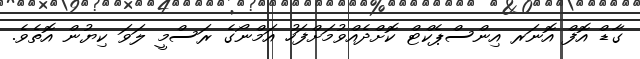
ގާޑް އޮފް އޮނަރ އިންސްޕެކްޓް ކޮށްދެއްވުމަށްފަހު އަމްނޯގެ ރަސްމީ ލަވަ ކިޔުން އޮތެވެ.